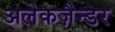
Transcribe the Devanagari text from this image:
अलेकज़ैन्डर